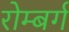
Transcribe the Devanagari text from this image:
रोम्बर्ग